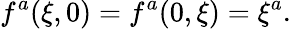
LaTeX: f^{a}(\xi,0)=f^{a}(0,\xi)=\xi^{a}.